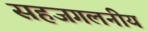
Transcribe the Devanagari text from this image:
सहजगलनीय